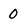
Character: 0